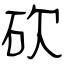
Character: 砍